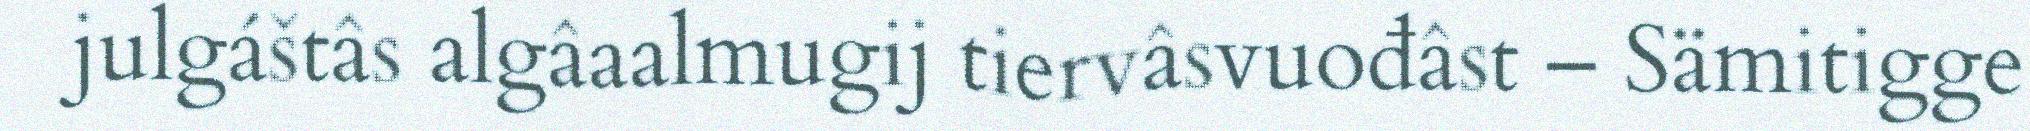
julgáštâs algâaalmugij tiervâsvuođâst – Sämitigge